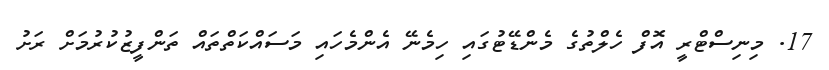
17. މިނިސްޓްރީ އޮފް ހެލްތުގެ މެންޑޭޓުގައި ހިމެނޭ އެންމެހައި މަސައްކަތްތައް ތަންފީޒުކުރުމަށް ރަށު